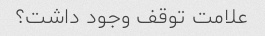
علامت توقف وجود داشت؟